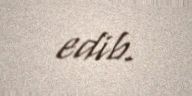
edib.